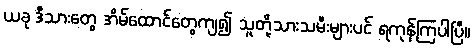
ယခု ဒီသားတွေ အိမ်ထောင်တွေကျ၍ သူတို့သားသမီးများပင် ရကုန်ကြပါပြီ။